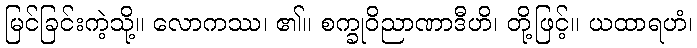
မြင်ခြင်းကဲ့သို့။ လောကဿ၊ ၏။ စက္ခုဝိညာဏာဒီဟိ၊ တို့ဖြင့်။ ယထာရဟံ၊